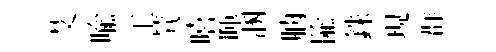
艾喩工茕嘻暉溷朒隃銖現群